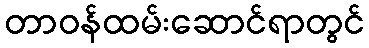
တာဝန်ထမ်းဆောင်ရာတွင်